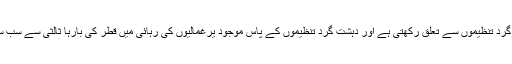
بیان میں کہا گیا ہے کہ یہ بات واضح ہو چکی ہے کہ قطر کی حکومت دہشت گرد تنظیموں سے تعلق رکھتی ہے اور دہشت گرد تنظیموں کے پاس موجود یرغمالیوں کی رہائی میں قطر کی بارہا ثالثی سے سب سمجھ چکے ہیں کہ قطر حکومت دہشت گرد تنظیموں سے رابطے کا چینل ہے۔